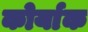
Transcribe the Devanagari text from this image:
कोर्याक